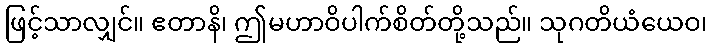
ဖြင့်သာလျှင်။ ဧတာနိ၊ ဤမဟာဝိပါက်စိတ်တို့သည်။ သုဂတိယံယေဝ၊